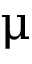
\upmu